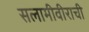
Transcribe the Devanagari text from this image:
सलामीवीराची